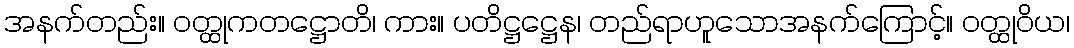
အနက်တည်း။ ဝတ္ထုကတဋ္ဌောတိ၊ ကား။ ပတိဋ္ဌဋ္ဌေန၊ တည်ရာဟူသောအနက်ကြောင့်။ ဝတ္ထုဝိယ၊